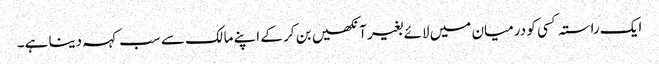
ایک راستہ کسی کو درمیان میں لائے بغیر آنکھیں بن کر کے اپنے مالک سے سب کہہ دینا ہے۔